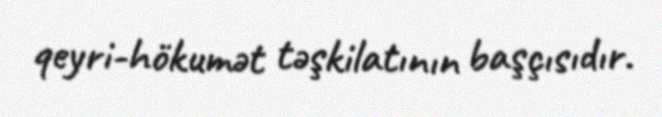
qeyri-hökumət təşkilatının başçısıdır.